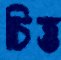
চিত্ত